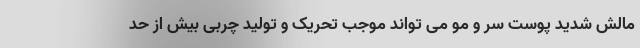
مالش شدید پوست سر و مو می تواند موجب تحریک و تولید چربی بیش از حد